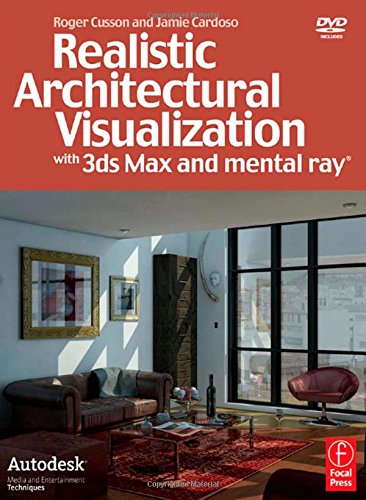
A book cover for Realistic Architectural Visualization with 3ds Max and mental ray; Roger Cusson; Computers & Technology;